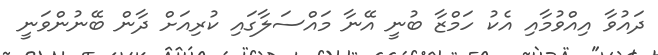
ދައުވާ އިއްވުމާއި އެކު ހަމްޒާ ބުނީ އޭނާ މައްސަލާގައި ކުރިއަށް ދާން ބޭނުންވަނީ